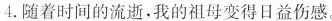
4.随着时间的流逝,我的祖母变得日益伤感.